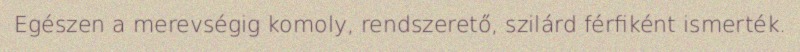
Egészen a merevségig komoly, rendszerető, szilárd férfiként ismerték.